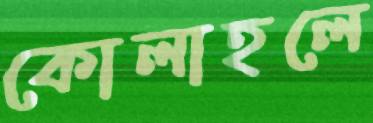
কোলাহলে